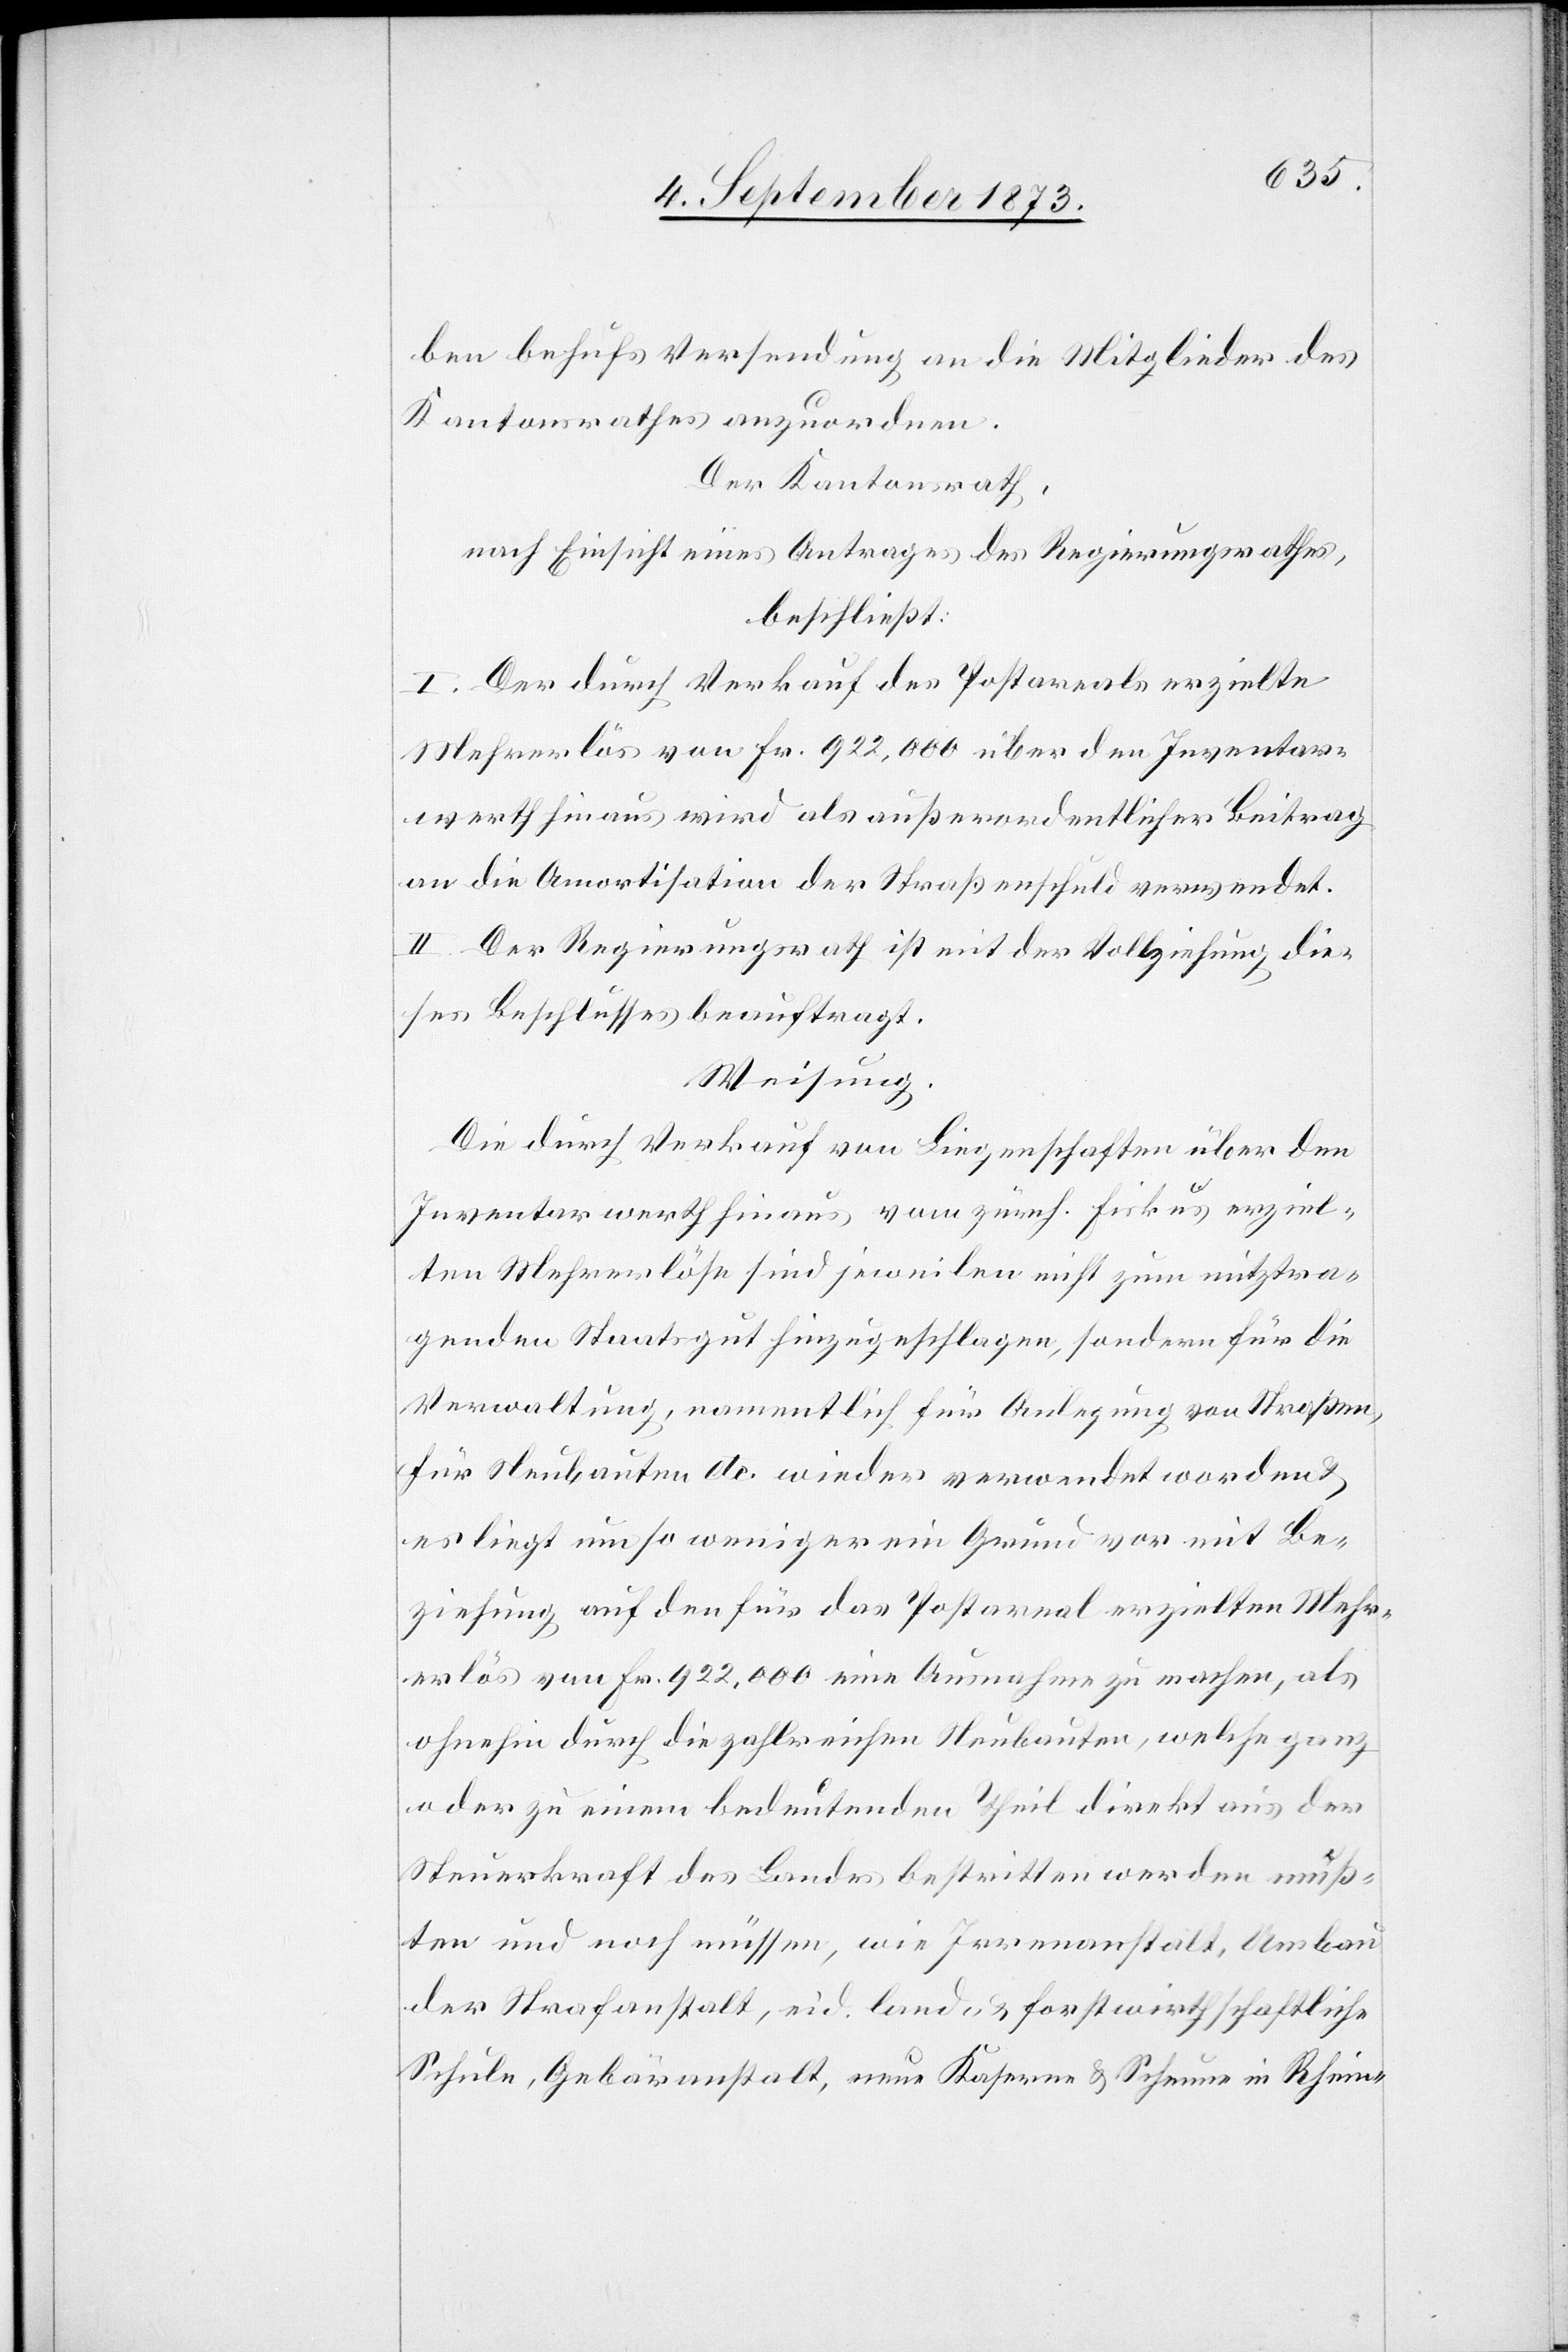
ben behufs Versendung an die Mitglieder des
Kantonsrathes anzuordnen.
Der Kantonsrath,
nach Einsicht eines Antrages des Regierungsrathes,
beschließt:
I. Der durch Verkauf des Postareals erzielte
Mehrerlös von Fr. 922,000 über den Inventar¬
werth hinaus wird als außerordentlicher Beitrag
an die Amortisation der Straßenschuld verwendet.
II. Der Regierungsrath ist mit der Vollziehung die¬
ses Beschlusses beauftragt.
Weisung.
Die durch Verkauf von Liegenschaften über den
Inventarwerth hinaus vom zürch. Fiskus erziel¬
ten Mehrerlöse sind jeweilen nicht zum mitz[u]tra¬
genden Staatsgut hinzugeschlagen, sondern für die
Verwaltung, namentlich für Anlegung von Straßen,
für Neubauten etc. wieder verwendet worden &
es liegt um so weniger ein Grund vor mit Be¬
ziehung auf den für das Postareal erzielten Mehr¬
erlös von Fr. 922,000 eine Ausnahme zu machen, als
ohnehin durch die zahlreichen Neubauten, welche ganz
oder zu einem bedeutenden Theil direkt aus der
Steuerkraft des Landes bestritten werden muß¬
ten und noch müssen, wie Irrenanstalt, Umbau
der Strafanstalt, eid. land- & forstwirthschaftliche
Schule, Gebäranstalt, neue Kaserne & Scheune in Rhein-